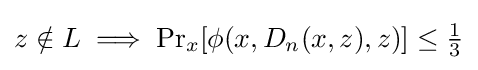
z\notin L\implies \Pr \nolimits _{x}[\phi (x,D_{n}(x,z),z)]\leq {\tfrac {1}{3}}